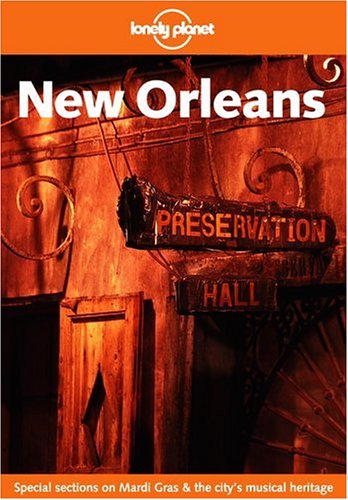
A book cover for Lonely Planet New Orleans; Tom Downs; Travel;